Lunatic asylums Burma 1907-21 - 1907-1921
Year: 1907
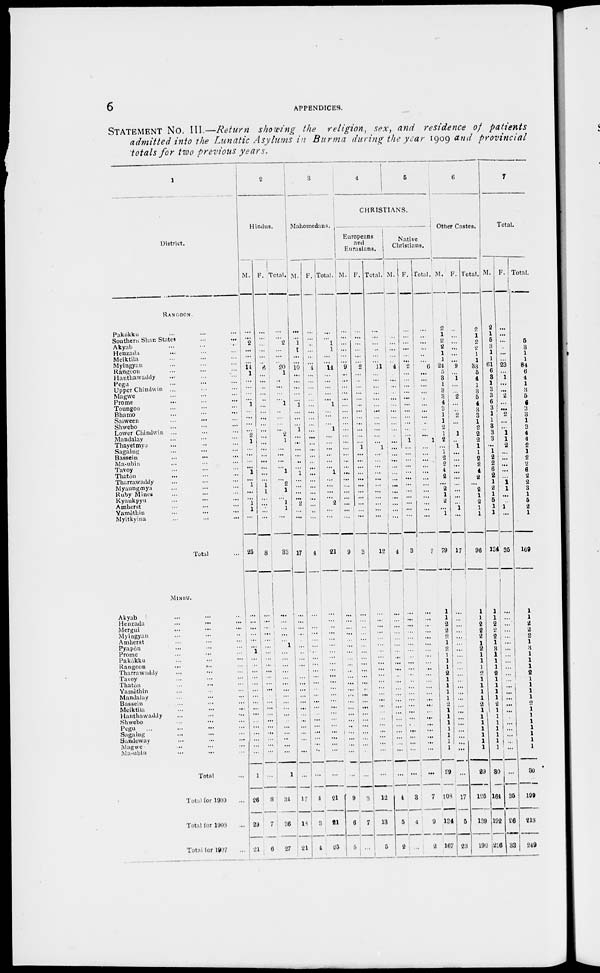
6
APPENDICES.
STATEMENT No. III.—Return showing the religion, sex, and residence of patients
admitted into the Lunatic Asylums in Burma during the year 1909 and provincial
totals for two previous years.
1
District.
RANGOON.
Pakôkku ... ... ...
Southern Shan States ... ...
Akyab ... ... ...
Henzada ... ... ...
Meiktila ... ... ...
Myingyan ... ... ...
Rangoon ... ... ...
Hanthawaddy ... ... ...
Pegu ... ... ...
Upper Chindwin ... ... ...
Magwe ... ... ...
Prome ... ... ...
Toungoo ... ... ...
Bhamo ... ... ...
Salween ... ... ...
Shwebo ... ... ...
Lower Chindwin ... ... ...
Mandalay ... ... ...
Thayetmyo ... ... ...
Sagaing ... ... ...
Bassein ... ... ...
Ma-ubin ... ... ...
Tavoy ... ... ...
Thatôn ... ... ...
Tharrawaddy ... ... ...
Myaungmya ... ... ...
Ruby Mines ... ... ...
Kyaukpyu ... ... ...
Amherst ... ... ...
Yamèthin ... ... ...
Myitkyina ... ... ...
Total ...
MINBU.
Akyab ... ... ...
Henzada ... ... ...
Mergui ... ... ...
Myingyan ... ... ...
Amherst ... ... ...
Pyapôn ... ... ...
Prome ... ... ...
Pakôkku ... ... ...
Rangoon
...
...
...
Tharrawaddy ... ... ...
Tavoy ... ... ...
Thaton ... ... ...
Yamèthin ... ... ...
Mandalay ... ... ...
Bassein ... ... ...
Meiktila ... ... ...
Hanthawaddy ... ... ...
Shwebo ... ... ...
Pegu ... ... ... ...
Sagaing ... ... ...
Sandoway ... ... ...
Magwe ... ... ...
Ma-ubin ... ... ...
Total ...
Total for 1909 ...
Total for 1908 ...
Total for 1907 ...
2
Hindus.
M.
...
...
2
...
...
...
14
1
...
...
...
...
1
...
...
...
...
2
1
...
...
...
...
1
...
1
...
...
1
1
...
25
...
...
...
...
...
...
1
...
...
...
...
...
...
...
...
...
...
...
... ...
...
...
...
1
26
29
21
F.
...
...
...
...
...
...
6
...
...
...
...
...
...
...
...
...
...
...
...
...
...
...
...
...
...
1
1
...
...
...
...
8
...
...
...
...
...
...
...
...
...
...
...
...
...
...
...
...
...
...
...
...
...
...
...
...
8
7
6
Total.
...
...
2
...
...
...
20
1
...
...
...
...
1
...
...
...
...
2
1
...
...
...
...
1
...
2
1
...
1
1
...
33
...
...
...
...
...
1
...
...
...
...
...
...
...
...
...
...
...
...
...
...
...
...
...
1
34
36
27
3
Mahomedans.
M.
...
...
1
1
...
...
10
...
...
...
...
...
1 ...
...
...
1
...
...
...
...
...
...
1
...
...
...
...
2
...
...
17
...
...
...
...
...
...
...
...
...
...
...
...
...
...
...
...
...
...
...
...
...
...
...
...
17
18
21
F.
...
...
...
...
...
...
4
...
...
...
...
...
...
...
...
...
...
...
...
...
...
...
...
...
...
...
...
...
...
...
...
4
...
...
...
...
...
...
...
...
...
...
...
...
...
...
...
...
...
...
...
...
...
...
...
...
4
3
4
Total.
...
...
1
1
...
...
14
...
...
...
...
...
1
...
...
...
1
...
...
...
...
...
...
1
...
...
...
...
2
...
...
21
...
...
...
...
...
...
...
...
...
...
...
...
...
...
...
...
...
...
...
...
...
...
...
...
21
21
25
4
5
CHRISTIANS.
Europeans
and
Eurasians.
M.
...
...
...
...
...
...
9
...
...
...
...
...
...
...
...
...
...
...
...
...
...
...
...
...
...
...
...
...
...
...
...
9
...
...
...
...
...
...
...
...
...
...
...
...
...
...
...
...
...
...
...
...
...
...
...
...
9
6
5
F.
...
...
...
...
...
...
2
...
...
...
...
...
...
...
...
...
...
...
...
1
...
...
...
...
...
...
...
...
...
...
...
3
...
...
...
...
...
...
...
...
...
...
...
...
...
...
...
...
...
...
...
...
...
...
...
...
3
7
...
Total.
...
...
...
...
...
...
11
...
...
...
...
...
...
...
...
...
...
...
...
1
...
...
...
...
...
...
...
...
...
...
...
12
...
...
...
...
...
...
...
...
...
...
... ...
...
...
...
...
...
...
...
...
...
...
...
...
12
13
5
Native
Christians.
M.
...
...
...
...
...
...
4
...
...
...
...
...
...
...
...
...
...
...
...
...
...
...
...
...
...
...
...
...
...
...
...
4
...
...
...
...
...
...
...
...
...
...
...
...
...
...
...
...
...
...
...
...
...
...
...
...
4
5
2
F.
...
...
...
...
...
...
2
...
...
...
...
...
...
...
...
...
...
...
1
...
...
...
...
...
...
...
...
...
...
...
...
3
...
...
...
...
...
...
...
...
...
...
...
...
...
...
...
...
...
...
...
...
...
...
...
...
3
4
...
Total.
...
...
...
...
...
...
6
...
...
...
...
...
...
... ...
...
...
...
1
...
...
...
...
...
...
...
...
...
...
...
...
7
...
...
...
...
...
...
...
...
...
...
...
...
...
...
...
...
...
...
...
...
...
...
...
...
7
9
2
6
Other Castes.
M.
2
1
2
2
1
1
24
5
3
1
3
3
4
3
1
1
2
1
2
...
1
2
2
4
2
...
2
1
2
...
1
79
1
1
2
2
2
1
2
1
1
1
2
1
1
1
1
2
1
1
1
1
1
1
1
29
108
134
167
F.
...
...
...
...
...
...
9
...
1
...
...
2
...
...
2
...
...
1
...
1
...
...
...
...
...
...
...
...
...
1
...
17
...
...
...
...
...
...
...
...
...
...
...
...
...
...
...
...
...
...
...
...
...
...
...
...
17
5
23
Total.
2
1 2
2
1
1
33
5
4
1
3
5
4
3
3
1
2
2
2
1
1
2
2
4
2
...
2
1
2
1
1
96
1
1
2
2
2
1
2
1
1
1
2
1 1
1
1
2
1
1
1
1
1
1
1
29
125
139
190
7
Total.
M.
2
1
5
3
1
1
61
6
3
1
3
3
6
3
1 1
3
3
3
...
1
2
2
6
2
1
2
1
5
1
1
134
1
1
2
2
2
1
3
1
1
1
2
1
1
1
1
2 1
1
1
1
1
1
1
30
164
192
216
F.
...
...
...
...
...
...
23
...
1
...
...
2
...
...
2
...
...
1
1
2
...
...
...
...
...
1 1
...
...
1
...
35
...
...
...
...
...
...
...
...
...
...
...
...
...
...
...
...
...
...
...
...
...
...
...
...
35
26
33
Total.
2
1
5
3
1
1
84
6
4
1
3
5
6
3
3
1
3
4
4
2
1
2
2
6
2
2
3
1
5
2
1
169
1
1
2
2
2
1
3
1
1
1
2
1
1
1
1
2
1
1
1
1
1
1
1
30
199
218
249